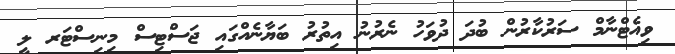
ވިއެޓްނާމް ސަރުކާރުން ބުދަ ދުވަހު ނެރުނު އިތުރު ބަޔާނެއްގައި ޖަސްޓިސް މިނިސްޓަރ ލީ